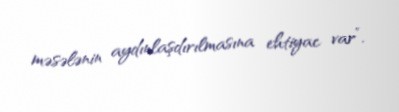
məsələnin aydınlaşdırılmasına ehtiyac var”.